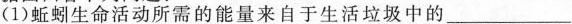
(1)蚯蚓生命活动所需的能量来自于生活垃圾中的___